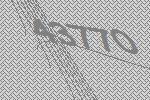
43770